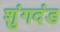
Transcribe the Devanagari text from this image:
शुंगदंड